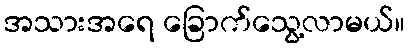
အသားအရေ ခြောက်သွေ့လာမယ်။